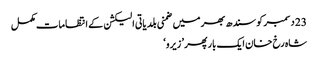
23 دسمبر کو سندھ بھر میں ضمنی بلدیاتی الیکشن کے انتظامات مکمل
شاہ رخ‌ خان ایک بار پھر ’ زیرو ‘